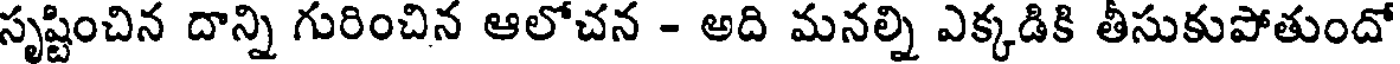
సృష్టించిన దాన్ని గురించిన ఆలోచన - అది మనల్ని ఎక్కడికి తీసుకుపోతుందో